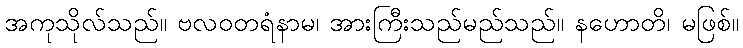
အကုသိုလ်သည်။ ဗလဝတရံနာမ၊ အားကြီးသည်မည်သည်။ နဟောတိ၊ မဖြစ်။